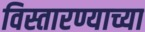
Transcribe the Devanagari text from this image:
विस्तारण्याच्या